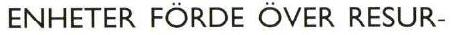
ENHETER FÖRDE ÖVER RESUR-